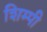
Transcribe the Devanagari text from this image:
शिम्पी